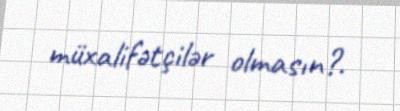
müxalifətçilər olmasın?.